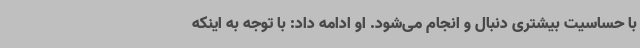
با حساسیت بیشتری دنبال و انجام می‌شود. او ادامه داد: با توجه به اینکه